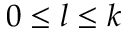
0 \leq l \leq k